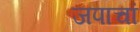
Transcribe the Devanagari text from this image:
जपाचां